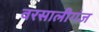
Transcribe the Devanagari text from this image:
वरसालीगंज